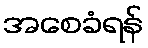
အစေခံရန်